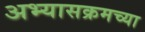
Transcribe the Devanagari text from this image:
अभ्यासक्रमच्या